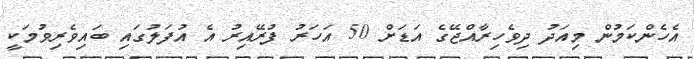
އެހެންކަމުން މިއަދު ދިވެހިރާއްޖޭގެ އަޑަށް 50 އަހަރު ފުރޭއިރު އެ އުފަލުގައި ބައިވެރިވުމަކީ